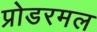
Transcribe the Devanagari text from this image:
प्रोडरमल